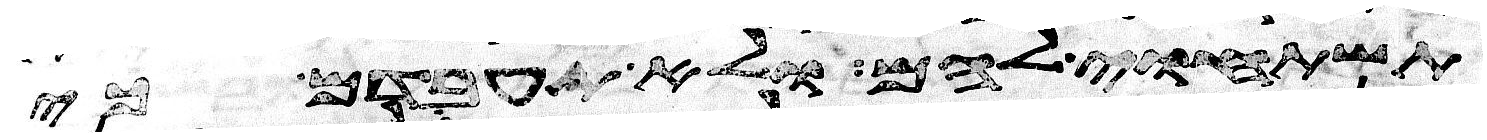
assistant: תשתחוה להם ולא תעבדם כי